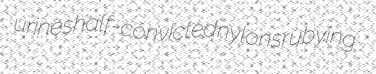
urines half-convicted nylons rubying